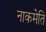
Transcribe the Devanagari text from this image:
नाकमेति